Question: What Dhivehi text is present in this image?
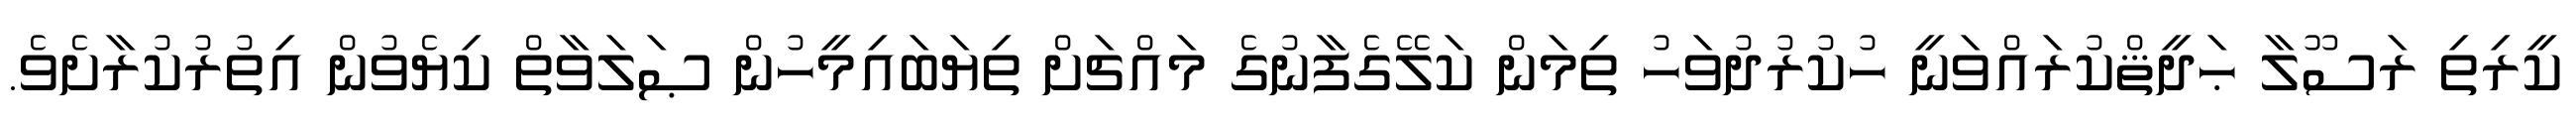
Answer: ކީރިތި ރަސޫލާ ޙަދީޘްކުރައްވަނީ ހުކުރުދުވަހު ތިމަން ކަލޭގެފާނުގެ މައްޗަށް ތިޔަބައިމީހުން ޞަލަވާތް ކިޔެވުން އިތުރުކުރާށެވެ.